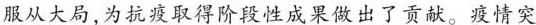
服从大局，为抗疫取得阶段性成果做出了贡献。疫情突